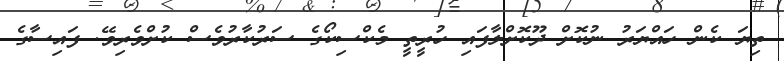
ތިޔަ ކެން ހައްޔަރު ނުކޮށް ދޫކޮށްލާފައި ހުރީތީ މެކްސިކޯގެ ސަރުކާރުވެސް ކުށްވެރިވޭ. ފައިސާގެ